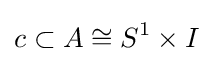
c\subset A\cong S^{1}\times I